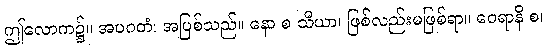
ဤလောက၌။ အပဂတံ၊ အပြစ်သည်။ နော စ သိယာ၊ ဖြစ်လည်းမဖြစ်ရာ။ ဝေရာနိ စ၊